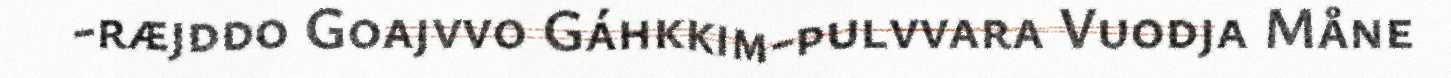
-ræjddo Goajvvo Gáhkkim-pulvvara Vuodja Måne